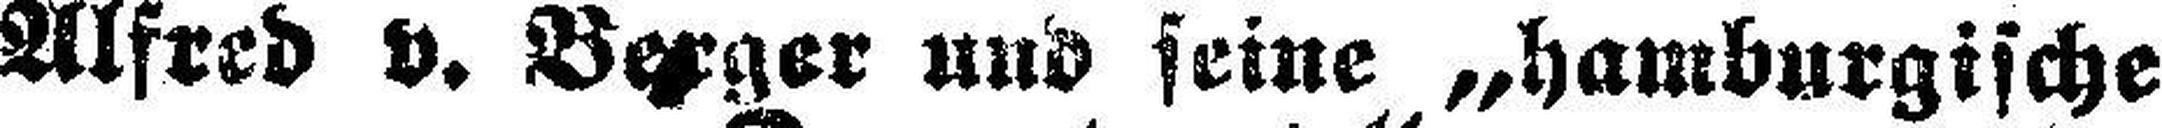
Alfred v. Berger und seine „hamburgische